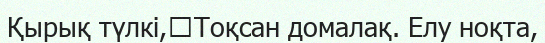
Қырық түлкі,	Тоқсан домалақ. Елу ноқта,